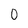
Character: 0